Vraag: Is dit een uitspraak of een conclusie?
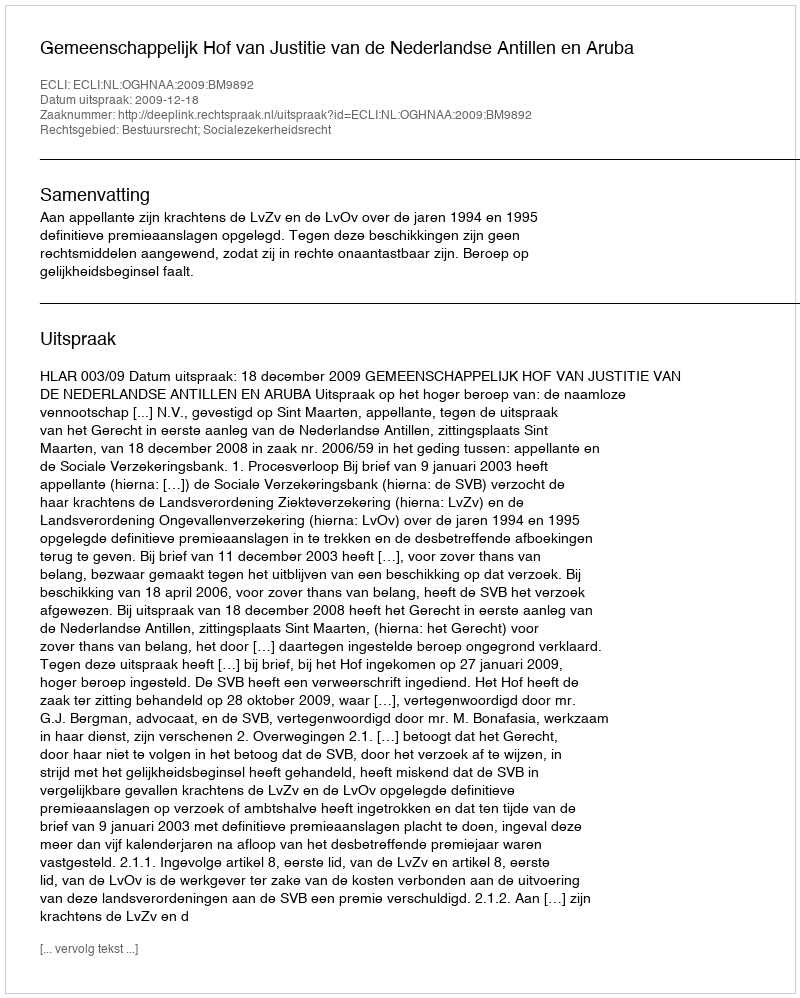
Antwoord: Uitspraak